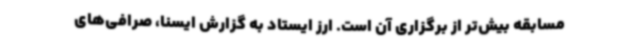
مسابقه بیش‌تر از برگزاری آن است. ارز ایستاد به گزارش ایسنا، صرافی‌های